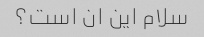
سلام این ان است؟